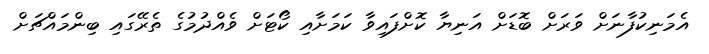
އެމަނިކުފާނަށް ވަރަށް ބޮޑަށް އަނިޔާ ކޮށްފައިވާ ކަމަށާއި ކޯޓަށް ވެއްދުމުގެ ތެރޭގައި ބިންމައްޗަށް